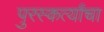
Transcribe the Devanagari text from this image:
पुरस्कर्त्यांचा